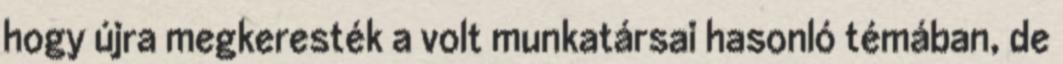
hogy újra megkeresték a volt munkatársai hasonló témában, de